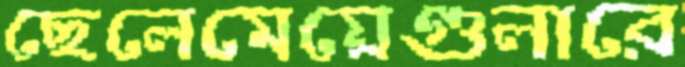
ছেলেমেয়েগুলারে